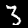
Digit: 3